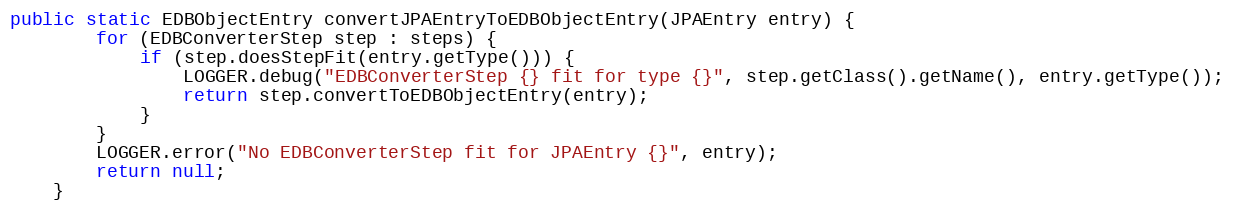
Language: Java
public static EDBObjectEntry convertJPAEntryToEDBObjectEntry(JPAEntry entry) {
        for (EDBConverterStep step : steps) {
            if (step.doesStepFit(entry.getType())) {
                LOGGER.debug("EDBConverterStep {} fit for type {}", step.getClass().getName(), entry.getType());
                return step.convertToEDBObjectEntry(entry);
            }
        }
        LOGGER.error("No EDBConverterStep fit for JPAEntry {}", entry);
        return null;
    }